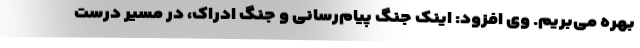
بهره می‌بریم. وی افزود: اینک جنگ پیام‌رسانی و جنگ ادراک، در مسیر درست